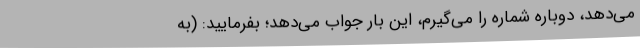
می‌دهد، دوباره شماره را می‌گیرم، این بار جواب می‌دهد؛ بفرمایید: (به